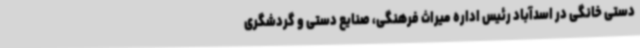
دستی خانگی در اسدآباد رئیس اداره میراث فرهنگی، صنایع دستی و گردشگری